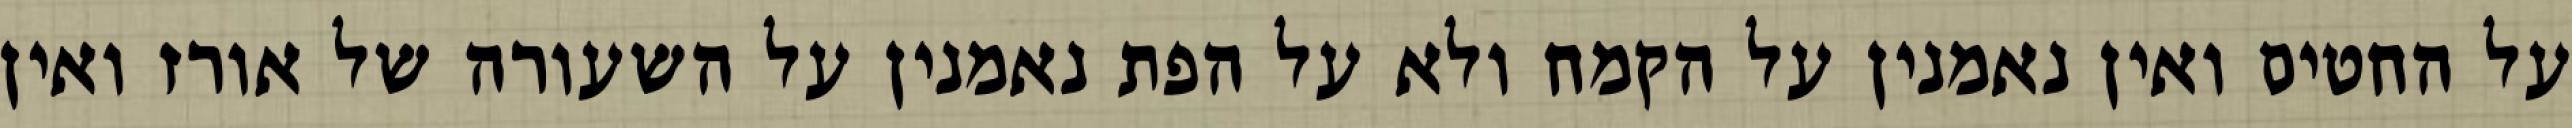
על החטים ואין נאמנין על הקמח ולא על הפת נאמנין על השעורה של אורז ואין